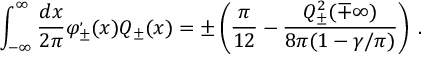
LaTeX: \displaystyle \int _ { - \infty } ^ { \infty } \frac { d x } { 2 \pi } \varphi _ { \pm } ^ { , } ( x ) { \cal Q } _ { \pm } ( x ) = \pm \left( \frac { \pi } { 1 2 } - \frac { { \cal Q } _ { \pm } ^ { 2 } ( \mp \infty ) } { 8 \pi ( 1 - \gamma / \pi ) } \right) \: .